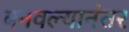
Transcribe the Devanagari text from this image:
बनवल्यानंतर